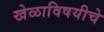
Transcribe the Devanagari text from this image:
खेळाविषयीचे